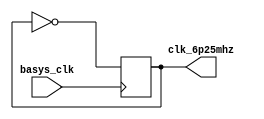
`timescale 1ns / 1ps
//////////////////////////////////////////////////////////////////////////////////
// Company: 
// Engineer: 
// 
// Design Name: 
// Module Name: clk_6p25MHz
// Project Name: 
// Target Devices: 
// Tool Versions: 
// Description: 
// 
// Dependencies: 
// 
// Revision:
// Revision 0.01 - File Created
// Additional Comments:
// 
//////////////////////////////////////////////////////////////////////////////////


module clk_6p25MHz(
    input basys_clk,
    output reg clk_6p25mhz
    );
    
    reg [2:0] count = 0;
        
    always @ (posedge basys_clk)
    begin
        clk_6p25mhz <= (count == 0) ? ~clk_6p25mhz : clk_6p25mhz;
    end
endmodule